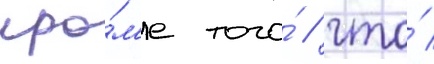
кро́м'е того́ / что́